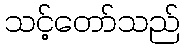
သင့်တော်သည်